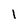
Character: 1